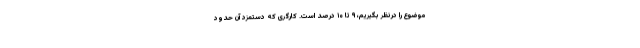
موضوع را درنظر بگیریم، ۹ تا ۱۰ درصد است. کارگری که دستمزد آن حدود